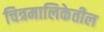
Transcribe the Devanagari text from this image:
चित्रमालिकेतील